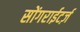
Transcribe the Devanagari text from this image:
सोंगराईटर्ज़